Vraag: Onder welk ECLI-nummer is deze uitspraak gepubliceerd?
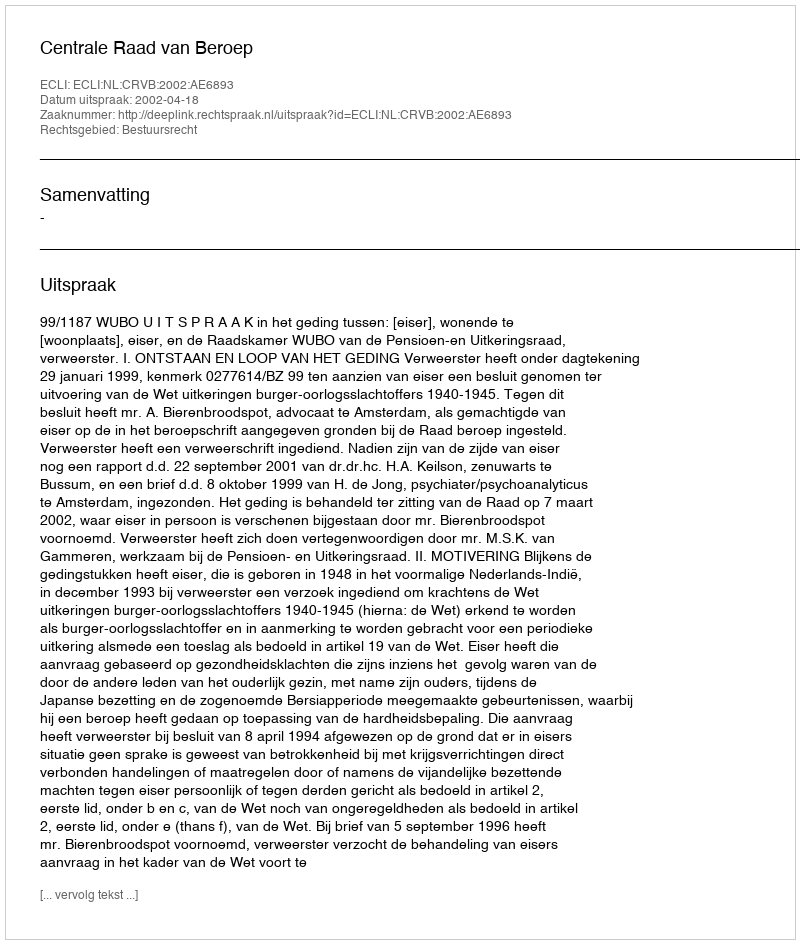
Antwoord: ECLI:NL:CRVB:2002:AE6893